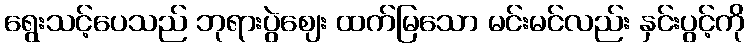
ရွေးသင့်ပေသည် ဘုရားပွဲဈေး ထက်မြသော မင်းမင်လည်း နှင်းပွင့်ကို